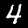
Label: 4